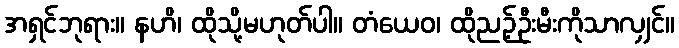
အရှင်ဘုရား။ နဟိ၊ ထိုသို့မဟုတ်ပါ။ တံယေဝ၊ ထိုညဉ့်ဦးမီးကိုသာလျှင်။